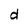
Character: d